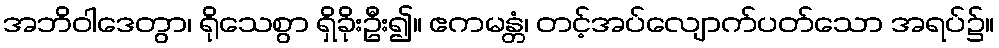
အဘိဝါဒေတွာ၊ ရိုသေစွာ ရှိခိုးဦး၍။ ဧကမန္တံ၊ တင့်အပ်လျောက်ပတ်သော အရပ်၌။